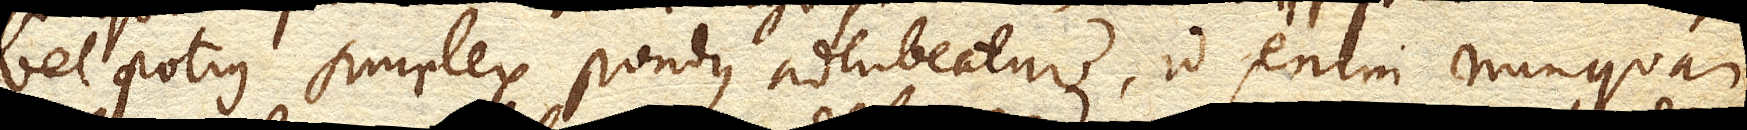
vel potius simplex pondus adhibeatur, id enim nunquam